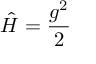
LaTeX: \hat { H } = \frac { g ^ { 2 } } { 2 }